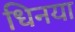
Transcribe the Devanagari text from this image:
धिनया